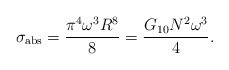
\begin{align*}\sigma_{\rm abs}=\frac{\pi^4\omega^3 R^8}{8}=\frac{G_{10}N^2\omega^3}{4}.\end{align*}